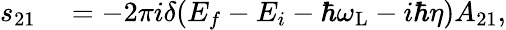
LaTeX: \begin{array}{rl}{s_{21}}&{{}=-2\pi i\delta(E_{f}-E_{i}-\hbar\omega_{\mathrm{L}}-i\hbar\eta)A_{21},}\end{array}